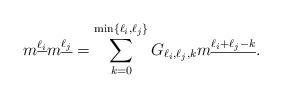
LaTeX: \begin{align*}m^{\underline{\ell_i}}m^{\underline{\ell_j}}=\sum_{k=0}^{\min\{\ell_i,\ell_j\}}G_{\ell_i,\ell_j,k}m^{\underline{\ell_i+\ell_j-k}}.\end{align*}